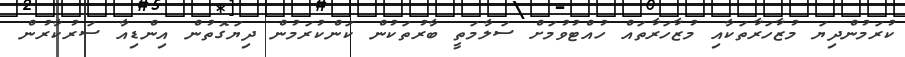
ކުރަމުންދިޔަ މުޒާހަރާތަކާއި މުޒާހަރާތައް ހުއްޓުވުމަށް ސަލާމަތީ ބާރުތަކުން ކަންކުރަމުން ދިޔަގޮތުން އިންޑިއާ ސަރުކާރުން